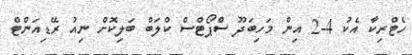
ހެޓްރިކާ އެކު 4-2 އިން މަހިބަދޫ ސްޕޯޓްސް ކްލަބް ބަލިކޮށް ނިއު ރޭޑިއަންޓް